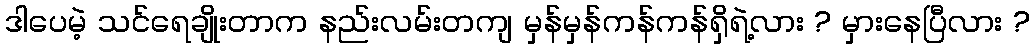
ဒါပေမဲ့ သင်ရေချိုးတာက နည်းလမ်းတကျ မှန်မှန်ကန်ကန်ရှိရဲ့လား ? မှားနေပြီလား ?